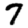
Digit: 7